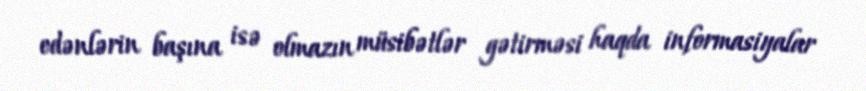
edənlərin başına isə olmazın müsibətlər gətirməsi haqda informasiyalar